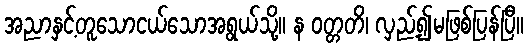
အညာနှင့်တူသောငယ်သောအရွယ်သို့။ န ဝတ္တတိ၊ လှည့်၍မဖြစ်ပြန်ပြီ။